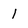
Character: 1